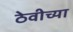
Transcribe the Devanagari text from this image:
ठेवीच्या